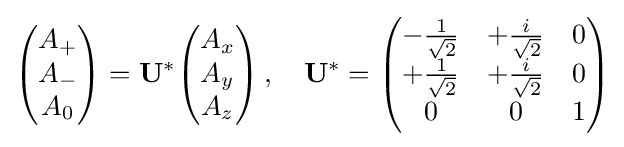
{\begin{pmatrix}A_{+}\\A_{-}\\A_{0}\end{pmatrix}}=\mathbf {U} ^{\mathrm {*} }{\begin{pmatrix}A_{x}\\A_{y}\\A_{z}\end{pmatrix}}\,,\quad \mathbf {U} ^{\mathrm {*} }={\begin{pmatrix}-{\frac {1}{\sqrt {2}}}&+{\frac {i}{\sqrt {2}}}&0\\+{\frac {1}{\sqrt {2}}}&+{\frac {i}{\sqrt {2}}}&0\\0&0&1\end{pmatrix}}